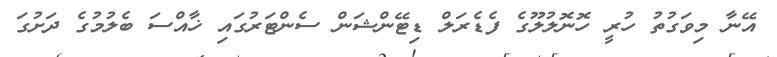
އޭނާ މިވަގުތު ހުރީ ހޮނޮލުލޫގެ ފެޑެރަލް ޑިޓޭންޝަން ސެންޓަރުގައި ޚާއްސަ ބެލުމުގެ ދަށުގަ